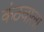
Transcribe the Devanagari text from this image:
कंठवाला